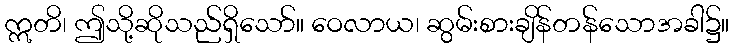
ဣတိ၊ ဤသို့ဆိုသည်ရှိသော်။ ဝေလာယ၊ ဆွမ်းစားချိန်တန်သောအခါ၌။